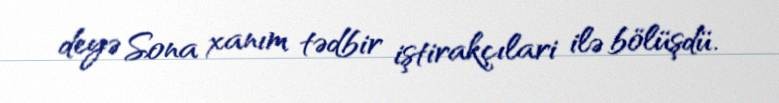
deyə Sona xanım tədbir iştirakçılari ilə bölüşdü.